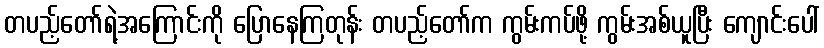
တပည့်တော်ရဲ့အကြောင်းကို ပြောနေကြတုန်း တပည့်တော်က ကွမ်းကပ်ဖို့ ကွမ်းအစ်ယူပြီး ကျောင်းပေါ်